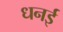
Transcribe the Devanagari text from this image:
धनई